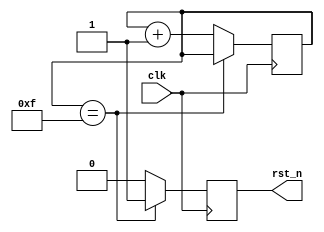
`timescale 1ns / 1ps
module rst_n
(
	input	wire	clk,
	output	reg		rst_n
);

reg[3:0] cnt;

always @(posedge clk)
begin
	if(cnt == 4'hf)
		cnt <= cnt;
	else
		cnt <= cnt + 1'b1;
end

always @(posedge clk)
begin
	if(cnt == 4'hf)
		rst_n <= 1'b1;
	else
		rst_n <= 1'b0;
end


endmodule